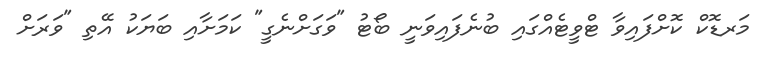
މަރޑޮކް ކޮށްފައިވާ ޓްވީޓެއްގައި ބުނެފައިވަނީ ބޯޓު "ވަގަށްނެގީ" ކަމަށާއި ބަޔަކު އޭތި "ވަރަށް